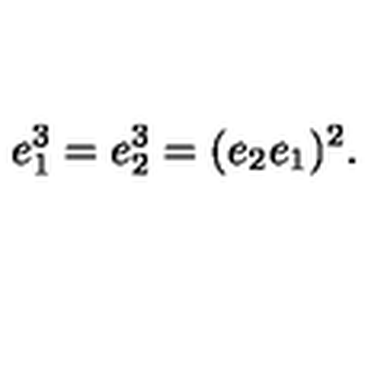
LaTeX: e _ { 1 } ^ { 3 } = e _ { 2 } ^ { 3 } = ( e _ { 2 } e _ { 1 } ) ^ { 2 } .